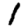
Digit: 1